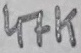
Text: 47K